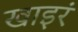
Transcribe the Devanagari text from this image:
खाइरं